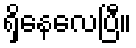
ရှိနေလေပြီ။